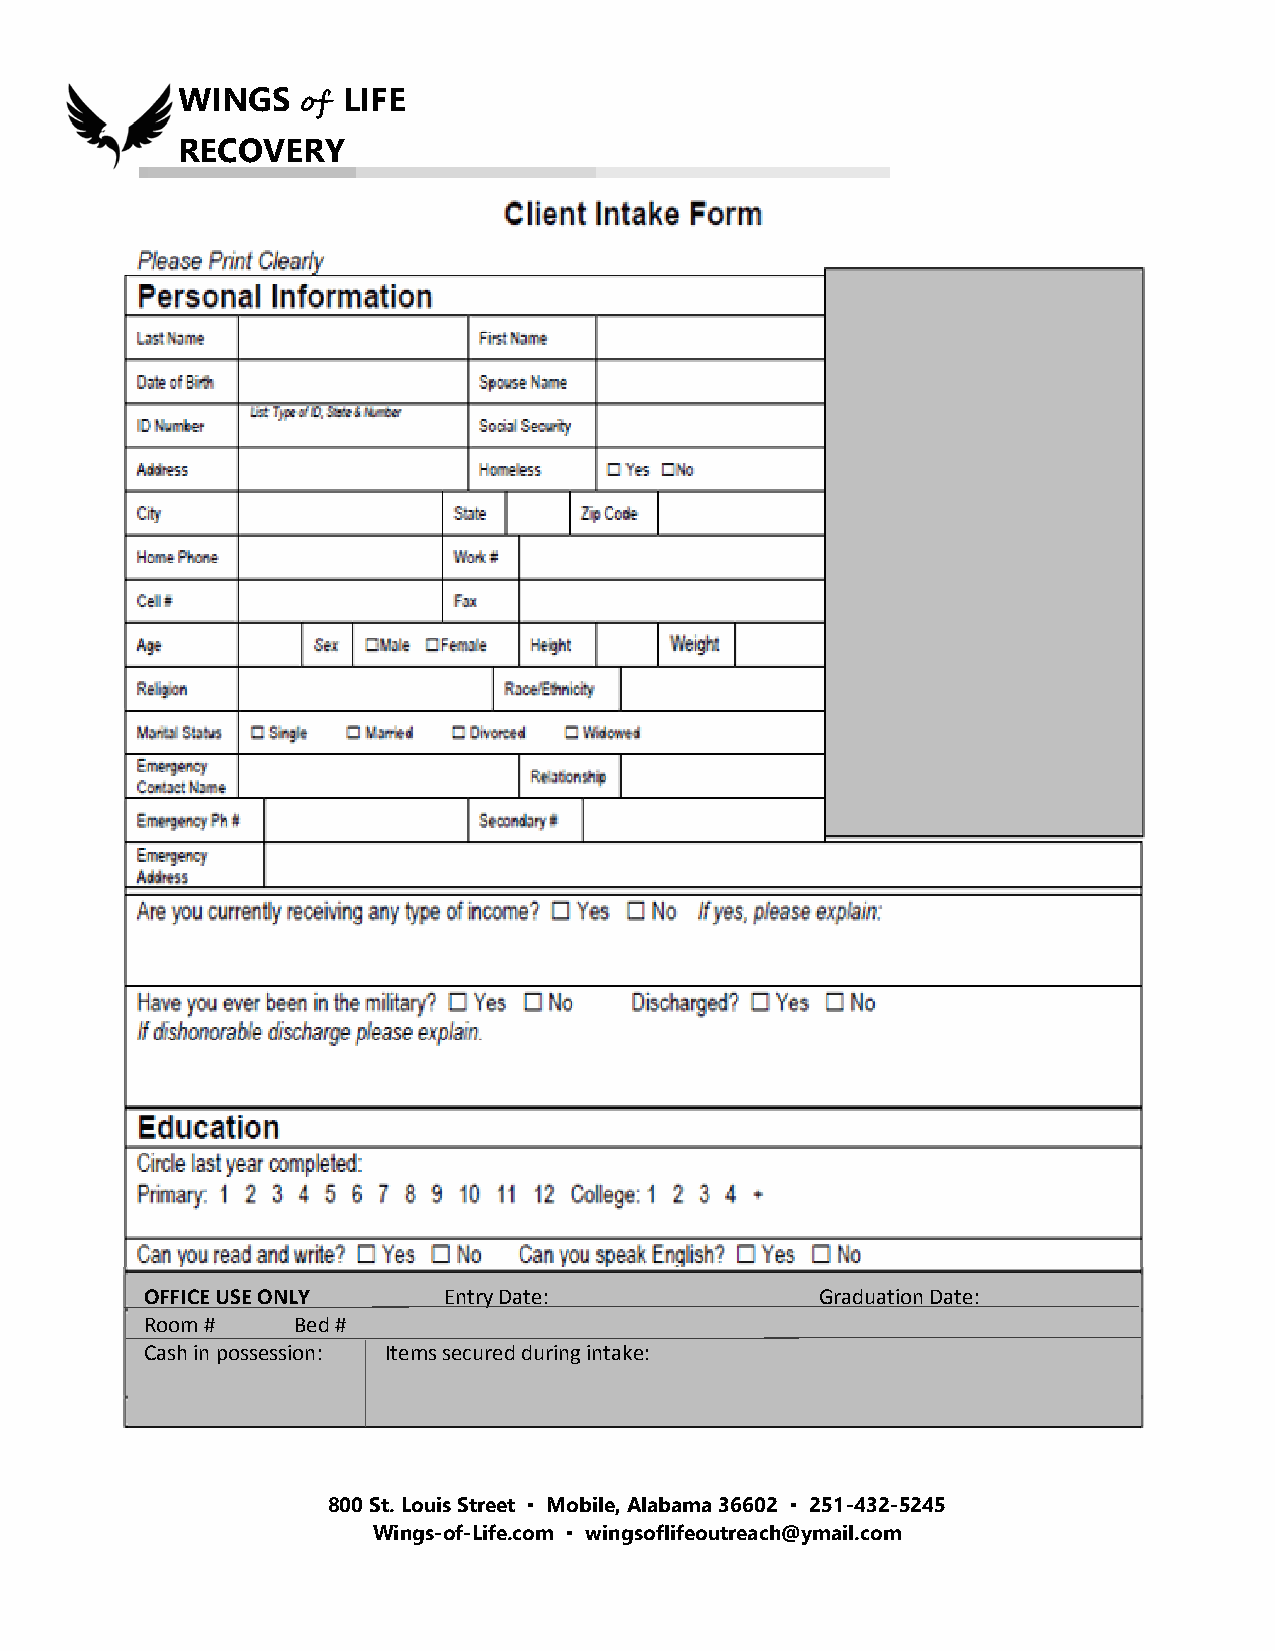
WINGS   of LIFE
 RECOVERY
 OFFICE USE ONLY    Entry Date:              Graduation Date:
 Room #   Bed #
 Cash in possession: Items secured during intake:
 800 St. Louis Street ▪ Mobile, Alabama 36602 ▪ 251-432-5245
 Wings-of-Life.com ▪ wingsoflifeoutreach@ymail.com